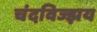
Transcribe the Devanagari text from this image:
चंदविज्झय